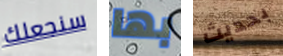
سنجعلك بها بحديث